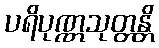
ပရိပုဏ္ဏသုတ္တန္တိ